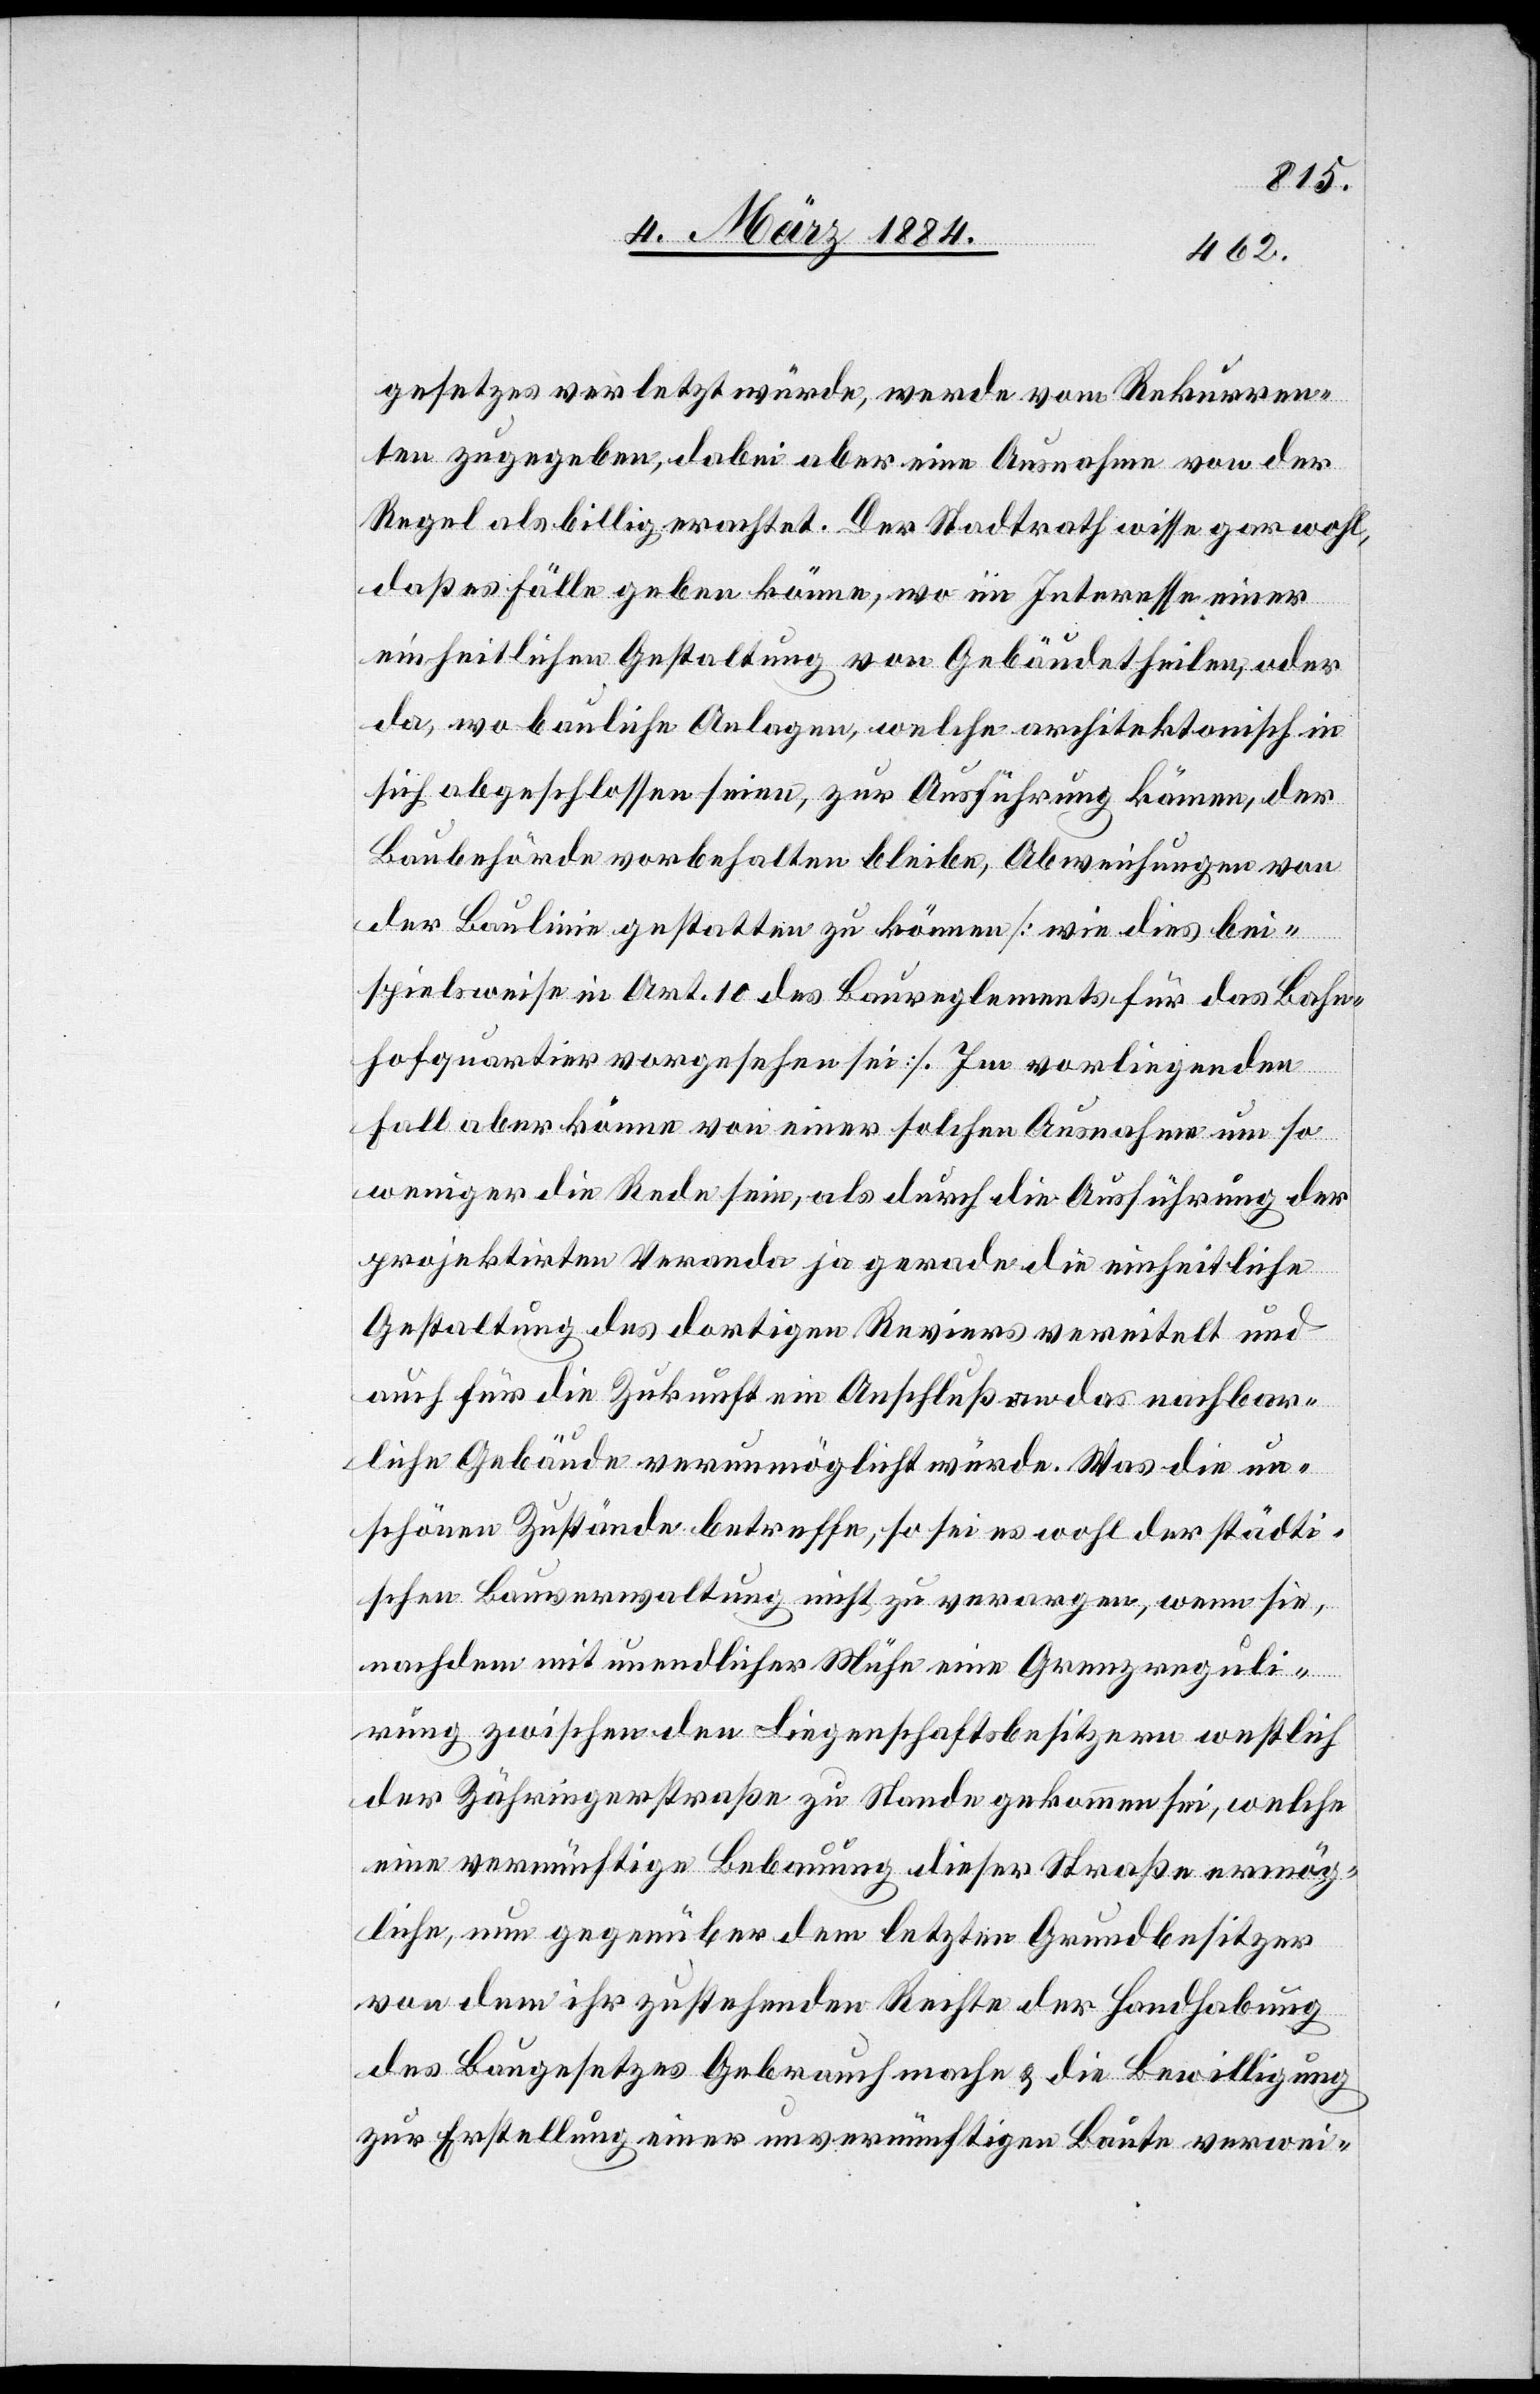
gesetzes verletzt würde, werde vom Rekurren¬
ten zugegeben, dabei aber eine Ausnahme von der
Regel als billig erachtet. Der Stadtrath wisse gar wohl,
daß es Fälle geben könne, wo im Interesse einer
einheitlichen Gestaltung von Gebäudetheilen, oder
da, wo bauliche Anlagen, welche architektonisch in
sich abgeschlossen seien, zur Ausführung kämen, der
Baubehörde vorbehalten bleibe, Abweisungen von
der Baulinie gestatten zu können [wie dies bei¬
spielsweise in Art. 10 des Baureglements für das Bahn¬
hofquartier vorgesehen sei]. Im vorliegenden
Fall aber könne von einer solchen Ausnahme um so
weniger die Rede sein, als durch die Ausführung der
projektirten Veranda ja gerade die einheitliche
Gestaltung des dortigen Reviers vereitelt und
auch für die Zukunft ein Anschluß an das nachbar¬
liche Gebäude verunmöglicht würde. Was die un¬
schönen Zustände betreffe, so sei es wohl der städti¬
schen Bauverwaltung nicht zu verargen, wenn sie
nachdem mit unendlicher Mühe eine Grenzreguli¬
rung zwischen den Liegenschaftsbesitzern westlich
der Zähringerstraße zu Stande gekommen sei, welche
eine vernünftige Bebauung dieser Straße ermög¬
liche, nun gegenüber dem letzten Grundbesitzer
von dem ihr zustehenden Rechte der Handhabung
des Baugesetzes Gebrauch mache & die Bewilligung
zur Erstellung einer unvernünftigen Baute verwei-